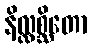
နိလ္လစ္ဆိတော